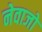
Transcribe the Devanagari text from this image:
नेवाजो